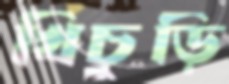
খিচুড়ি